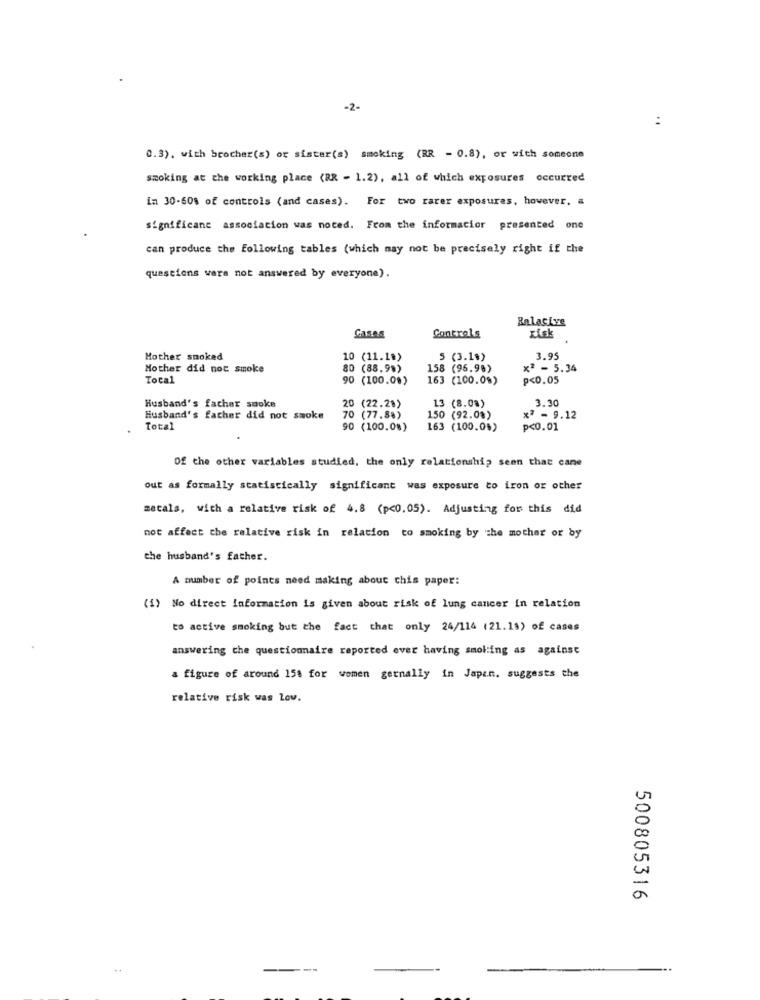
-2-
:
0.3). with brocher(s) or sister(s) smoking (RR - 0.8), or with someone
smoking at the working place (RR - 1.2), all of which exposures occurred
in 30-60% of controls (and cases). For two rarer exposures, however, a
significane association was noted. From the informacior presented one
can produce the Following tables (which may not be precisely right if the
questions were not answered by everyone).
Balacive
Cases
Controls
risk
Mother smoked
10 (11.1%)
5 (3.1%)
3.95
Mother did not smoke
80 (88.9%)
158 (95.98)
x2 - 5.34
Total
90 (100.0%)
163 (100.0%)
p<0.05
13 (8.0%)
3.30
Husband's facher sooke
20 (22.2%)
150 (92.0%)
Husband's father did not smoke
70 (77.88)
x2 - 9.12
Total
90 (100.0%)
163 (100.0%)
p<0.01
Of the other variables studied, the only relationship seen that cane
out as formally statistically significant was exposure to iron or other
metals, with a relative risk of 4.8 (p<0.05). Adjusting for this did
not affect the relative risk in relation to smoking by the mother or by
the husband's father.
A number of points need making about this paper:
(1) No direct information is given about risk of lung cancer in relation
to active smoking but the fact that only 24/114 (21.19) of cases
answering the questionnaire reported ever having smoking as against
a figure of around 158 for women gernally in Japan. suggests the
relative risk was Lov.
500805316